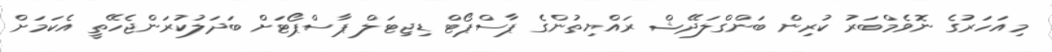
މިއަހަރުގެ ނޮވެމްބަރު ކުރިން ބަންގްލަދޭޝް ރައްޔިތުންގެ ޕާސްޕޯޓް ޑިޖިޓަލް ޕާސްޕޯޓަށް ބަދަލުކުރަންޖެހޭތީ އެކަމަށް